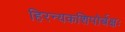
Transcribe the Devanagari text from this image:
हिरन्यकशिपोर्बक्षः